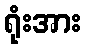
ရုံးအား